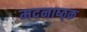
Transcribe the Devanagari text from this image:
मदनाष्ठ्क